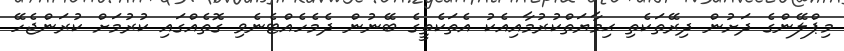
މިޕްލޭންގެ ދަށުން ދިރޭތަކެތި ޙިމާޔަތްކުރުމާއިއެކު އެތަކެތީގެ ބޭނުން ދެމެހެއްޓެނެވި ގޮތެއްގައި ކުރުމަށް ކުރަންޖެހޭ